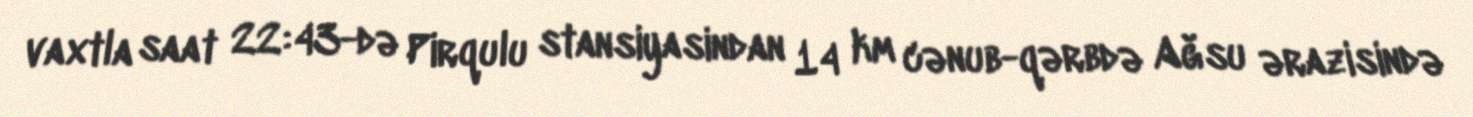
vaxtla saat 22:43-də Pirqulu stansiyasindan 14 km cənub-qərbdə Ağsu ərazisində